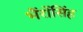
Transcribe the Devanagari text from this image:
भैंरोंसिंह